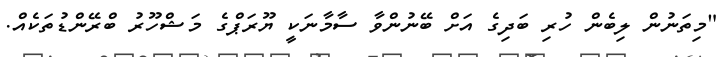
"މިތަނުން ލިބެން ހުރި ބަދިގެ އަށް ބޭނުންވާ ސާމާނަކީ ޔޫރަޕްގެ މަޝްހޫރު ބްރޭންޑުތަކެއް.